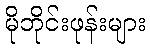
မိုဘိုင်းဖုန်းများ